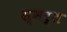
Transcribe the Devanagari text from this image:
स्मर्त